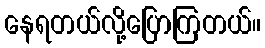
နေရတယ်လို့ပြောကြတယ်။